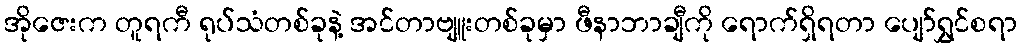
အိုဇေးက တူရကီ ရုပ်သံတစ်ခုနဲ့ အင်တာဗျူးတစ်ခုမှာ ဖီနာဘာချီကို ရောက်ရှိရတာ ပျော်ရွှင်စရာ